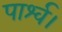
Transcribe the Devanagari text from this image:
पार्श्व।